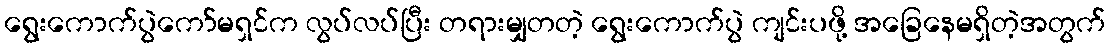
ရွေးကောက်ပွဲကော်မရှင်က လွပ်လပ်ပြီး တရားမျှတတဲ့ ရွေးကောက်ပွဲ ကျင်းပဖို့ အခြေနေမရှိတဲ့အတွက်